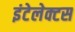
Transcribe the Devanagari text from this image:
इंटेलेक्टस